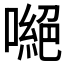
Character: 𠾼